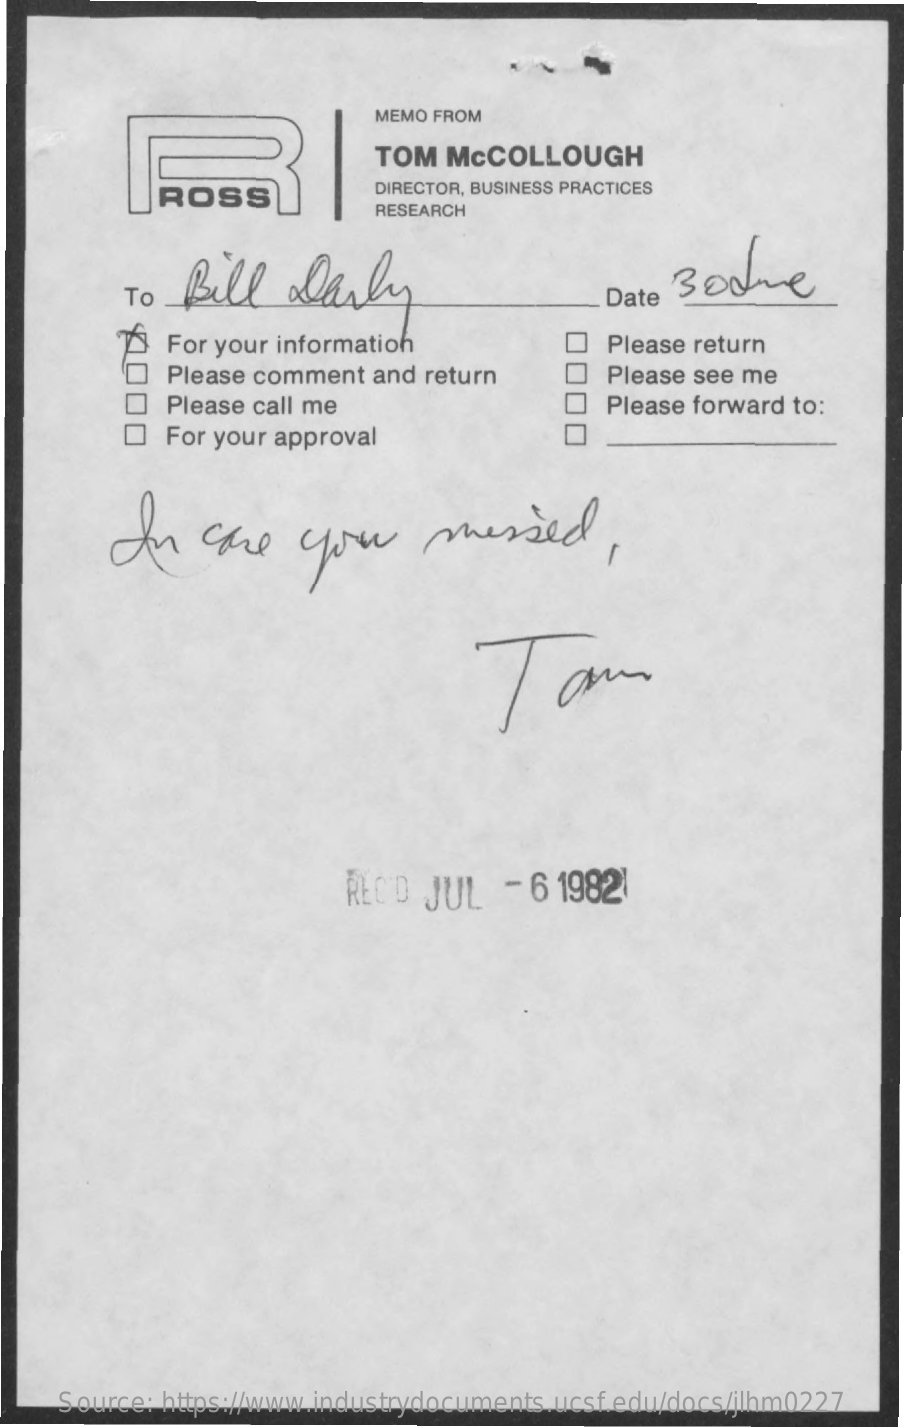
MEMO FROM
     TOM  McCOLLOUGH
     ROSS    DIRECTOR, BUSINESS PRACTICES
     RESEARCH
     To Bill    daily    Boone
     Date
     For your information    Please return
     Please comment and return    Please see me
     Please call me    Please forward to:
     For your approval
     In    se    you    missed,
     Tam
     RECO  JUL   - 6 19821
     Source: https://www.industrydocuments.ucsf.edu/docs/jlhm0227